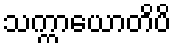
သက္ကာယောတိပိ